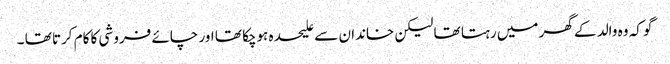
گو کہ وہ والد کے گھر میں رہتا تھا لیکن خاندان سے علیحدہ ہوچکا تھا اور چائے فروشی کا کام کرتا تھا ۔